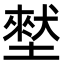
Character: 㙬